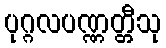
ပုဂ္ဂလပဏ္ဏတ္တီသု